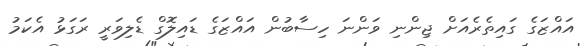
އައްޒަގެ ގައިތެރެއަށް ޖިންނި ވަންނަ ހިސާބުން އައްޒަގެ ޑައިލޮގް ޑެލިވަރީ ރަގަޅު އެކަމު